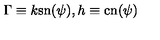
\Gamma \equiv k \mathrm { s n } ( \psi ) , h \equiv \mathrm { c n } ( \psi )